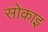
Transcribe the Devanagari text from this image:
सोकाइ